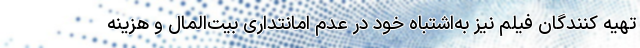
تهیه کنندگان فیلم نیز به‌اشتباه خود در عدم امانتداری بیت‌المال و هزینه